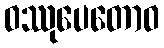
ဝဿုပေတောဝ